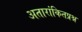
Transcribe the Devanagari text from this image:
अतारांकितप्रश्न